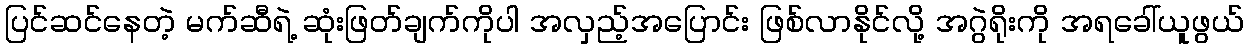
ပြင်ဆင်နေတဲ့ မက်ဆီရဲ့ ဆုံးဖြတ်ချက်ကိုပါ အလှည့်အပြောင်း ဖြစ်လာနိုင်လို့ အဂွဲရိုးကို အရခေါ်ယူဖွယ်